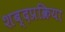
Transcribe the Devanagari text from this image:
शब्दप्रक्रिया